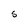
Character: S